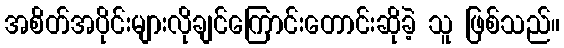
အစိတ်အပိုင်းများလိုချင်ကြောင်းတောင်းဆိုခဲ့ သူ ဖြစ်သည်။